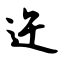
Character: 迕